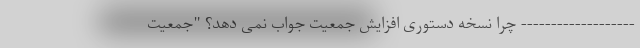
------------------- چرا نسخه دستوری افزایش جمعیت جواب نمی دهد؟ "جمعیت